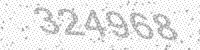
Solution: 324968